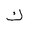
Letter: _kaf